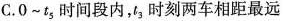
C.O~t_{5}时间段内，t_{3}时刻两车相距最远